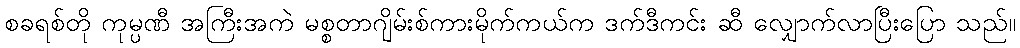
စခရစ်တို ကုမ္ပဏီ အကြီးအကဲ မစ္စတာဂျိမ်းစ်ကားမိုက်ကယ်က ဒက်ဒီကင်း ဆီ လျှောက်လာပြီးပြော သည်။